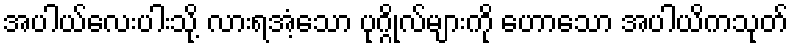
အပါယ်လေးပါးသို့ လားရအံ့သော ပုဂ္ဂိုလ်များကို ဟောသော အပါယိကသုတ်